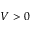
V > 0